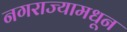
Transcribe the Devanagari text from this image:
नगराज्यामधून